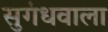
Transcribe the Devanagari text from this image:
सुगंधवाला